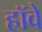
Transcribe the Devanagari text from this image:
हॉवे